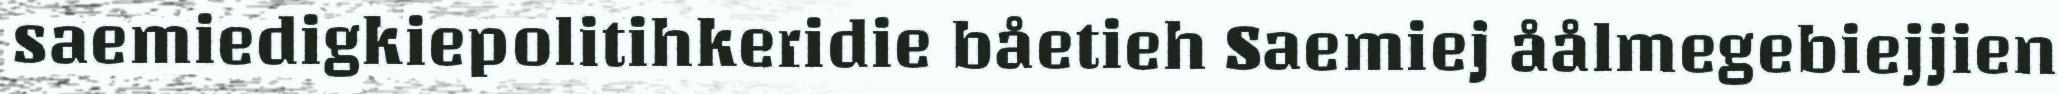
saemiedigkiepolitihkeridie båetieh Saemiej åålmegebiejjien